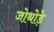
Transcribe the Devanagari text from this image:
जोथोड़े